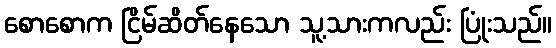
စောစောက ငြိမ်ဆိတ်နေသော သူ့သားကလည်း ပြုံးသည်။